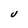
Character: U